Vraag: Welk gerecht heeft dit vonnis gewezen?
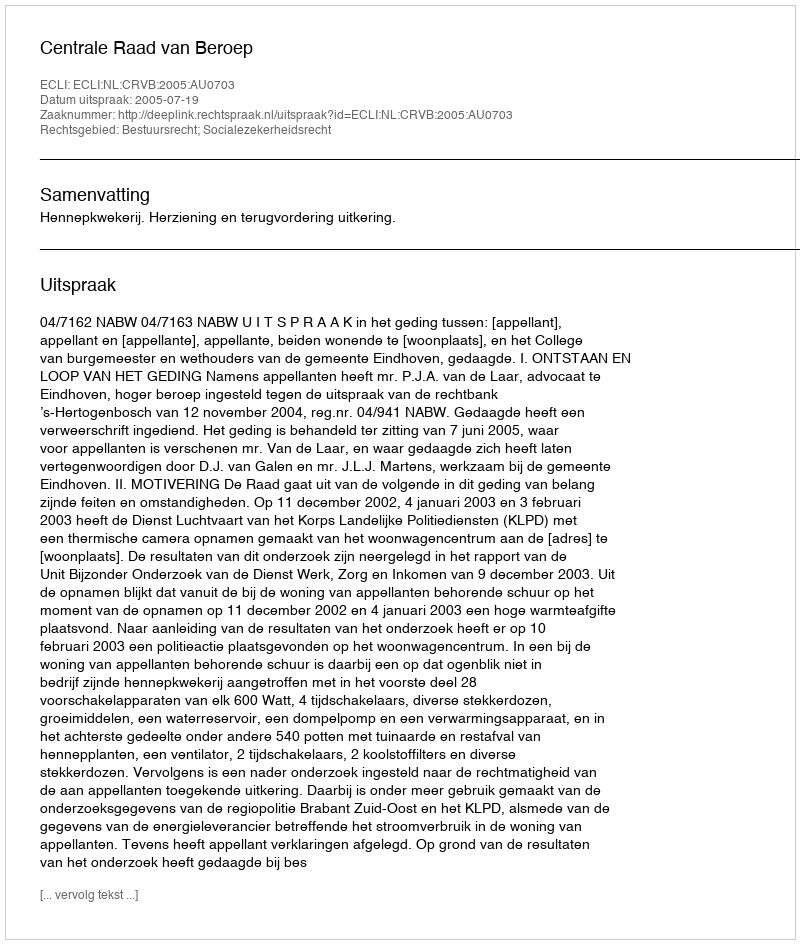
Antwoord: Centrale Raad van Beroep